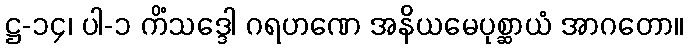
ဋ္ဌ-၁၄၊ ပါ-၁ ကိံသဒ္ဒေါ ဂရဟဏေ အနိယမေပုစ္ဆာယံ အာဂတော။